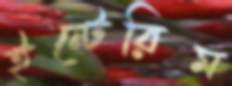
ইন্টেরিম